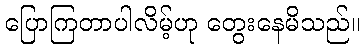
ပြောကြတာပါလိမ့်ဟု တွေးနေမိသည်။